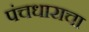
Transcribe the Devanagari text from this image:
पंचधाराचा